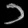
Digit: ၁